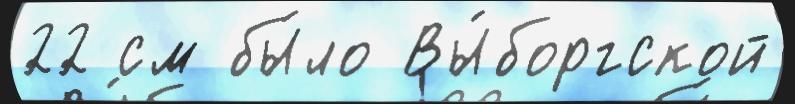
22 см бы́ло Вы́боргской